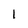
Character: l